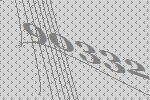
90332